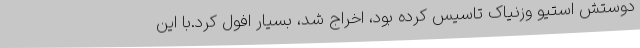
دوستش استیو وزنیاک تاسیس کرده بود، اخراج شد، بسیار افول کرد.با این